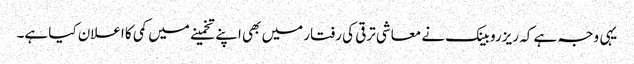
یہی وجہ ہے کہ ریزرو بینک نے معاشی ترقی کی رفتار میں بھی اپنے تخمینے میں کمی کا اعلان کیا ہے۔